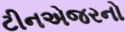
ટીનએજરનો